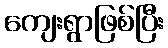
ကျေးရွာဖြစ်ပြီး